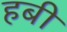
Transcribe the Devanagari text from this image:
हबी